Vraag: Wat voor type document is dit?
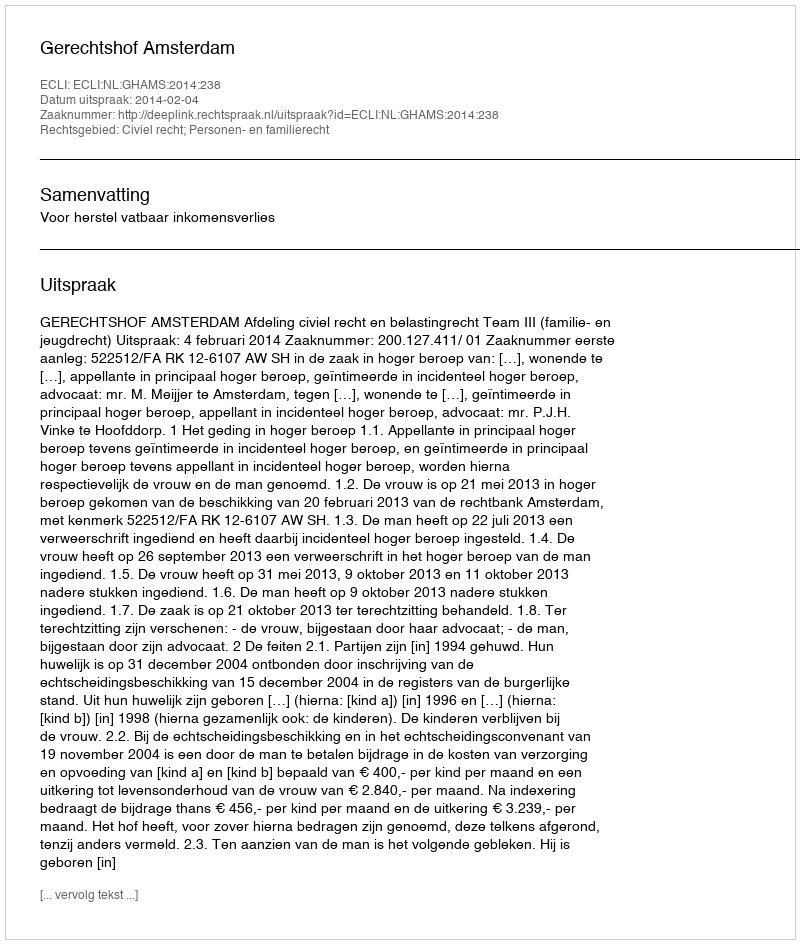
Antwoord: Uitspraak